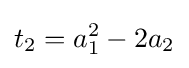
t_{2}=a_{1}^{2}-2a_{2}